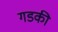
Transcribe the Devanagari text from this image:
गडकी